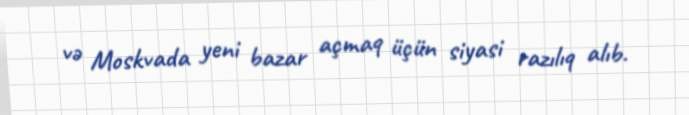
və Moskvada yeni bazar açmaq üçün siyasi razılıq alıb.